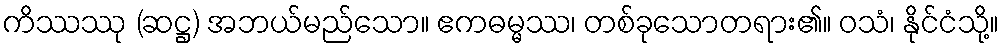
ကိဿဿု (ဆဋ္ဌ) အဘယ်မည်သော။ ဧကဓမ္မဿ၊ တစ်ခုသောတရား၏။ ဝသံ၊ နိုင်ငံသို့။